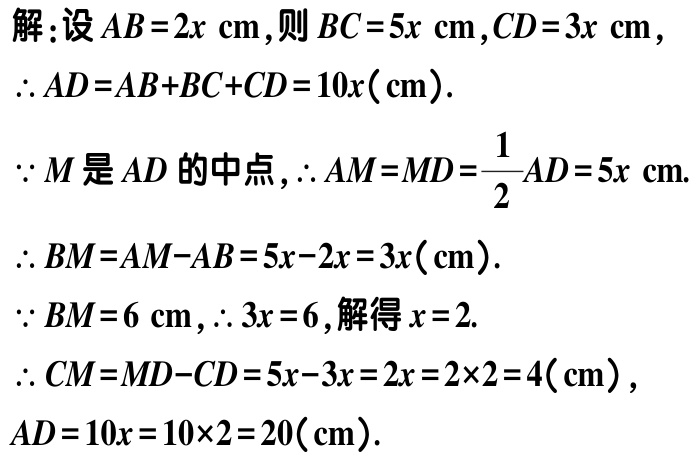
解：设\(AB = 2x\ \text{cm}\)，则\(BC = 5x\ \text{cm}\)，\(CD = 3x\ \text{cm}\)，

\(\therefore AD=AB + BC + CD = 10x(\text{cm})\).

\(\because M\)是\(AD\)的中点，\(\therefore AM = MD=\dfrac{1}{2}AD = 5x\ \text{cm}\).

\(\therefore BM = AM - AB = 5x - 2x = 3x(\text{cm})\).

\(\because BM = 6\ \text{cm}\)，\(\therefore 3x = 6\)，解得\(x = 2\).

\(\therefore CM = MD - CD = 5x - 3x = 2x = 2\times2 = 4(\text{cm})\)，

\(AD = 10x = 10\times2 = 20(\text{cm})\).